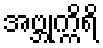
အဗ္ဘုက္ကိရိ